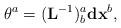
LaTeX: \begin{align*}\theta^{a}=(\mathbf{L}^{-1})_{b}^{a}\mathbf{dx}^{b},\end{align*}